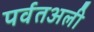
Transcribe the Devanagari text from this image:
पर्वतअली